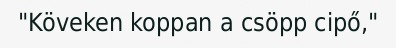
"Köveken koppan a csöpp cipő,"